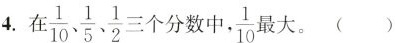
4.在\frac{1}{10},、\frac{1}{5}、 \frac{1}{2}三个分数中，\frac{1}{10}最大。( )